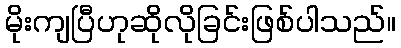
မိုးကျပြီဟုဆိုလိုခြင်းဖြစ်ပါသည်။